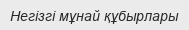
Негізгі мұнай құбырлары